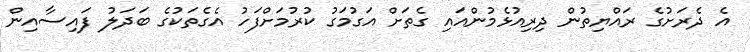
އެ ދެރަށުގެ ރައްޔިތުން ދިރިއުޅެމުންއައި ގެތަށް އަގުމަގު ކުރުމަށްފަހު އެގެތަކުގެ ބަދަލު ފައިސާއިން